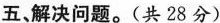
五，解决问题。(共28分)